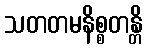
သတတမနိစ္စတန္တိ